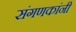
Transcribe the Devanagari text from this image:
संगणकांनी